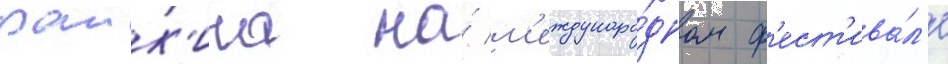
раик'ина на́ м'еждунаро́дном ф'ест'ива́л'е